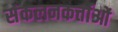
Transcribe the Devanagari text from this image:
संकलनकर्त्ताओं